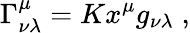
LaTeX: \Gamma_{\nu\lambda}^{\mu}=Kx^{\mu}g_{\nu\lambda}\; ,